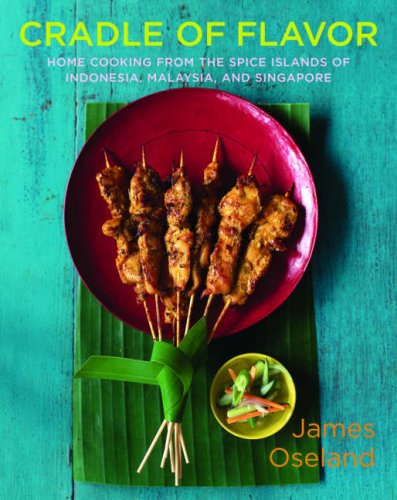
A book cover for Cradle of Flavor: Home Cooking from the Spice Islands of Indonesia, Singapore, and Malaysia; James Oseland; Cookbooks, Food & Wine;